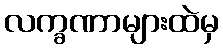
လက္ခဏာများထဲမှ